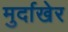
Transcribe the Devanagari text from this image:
मुर्दाखेर